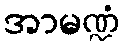
အာမဏ္ဍံ